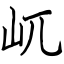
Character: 屼